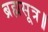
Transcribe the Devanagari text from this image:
ब्रह्मसूत्र॥